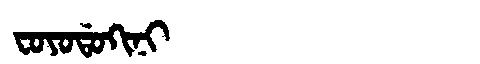
Manchu: ᠸᠣᠶᠣᡩᠣᡴᡳᠨᡳ
Romanization: FOYODOKINI